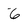
Character: 6